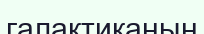
галактиканың